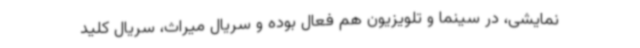
نمایشی، در سینما و تلویزیون هم فعال بوده و سریال میراث، سریال کلید